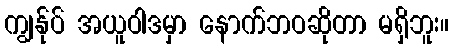
ကျွန်ုပ် အယူဝါဒမှာ နောက်ဘဝဆိုတာ မရှိဘူး။